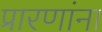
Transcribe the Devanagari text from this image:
प्रारणांना